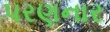
પરણનાર